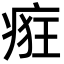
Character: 㾠